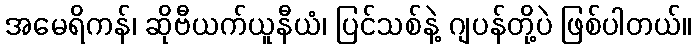
အမေရိကန်၊ ဆိုဗီယက်ယူနီယံ၊ ပြင်သစ်နဲ့ ဂျပန်တို့ပဲ ဖြစ်ပါတယ်။